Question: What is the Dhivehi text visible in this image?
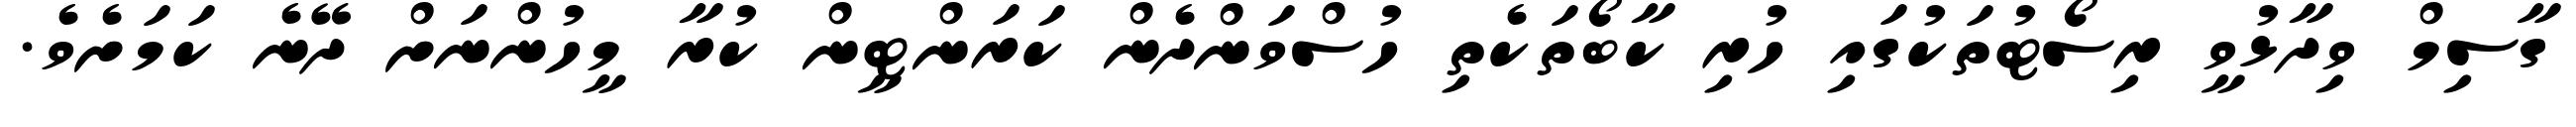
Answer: ގާސިމް ވިދާޅުވީ ރިސޯޓުތަކުގައި ހުރި ކާބޯތަކެތި ހުސްވަންދެން ކަރަންޓީން ކުރާ މީހުންނަށް ދޭނެ ކަމަށެވެ.